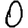
Digit: 0